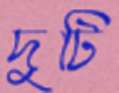
দুটি